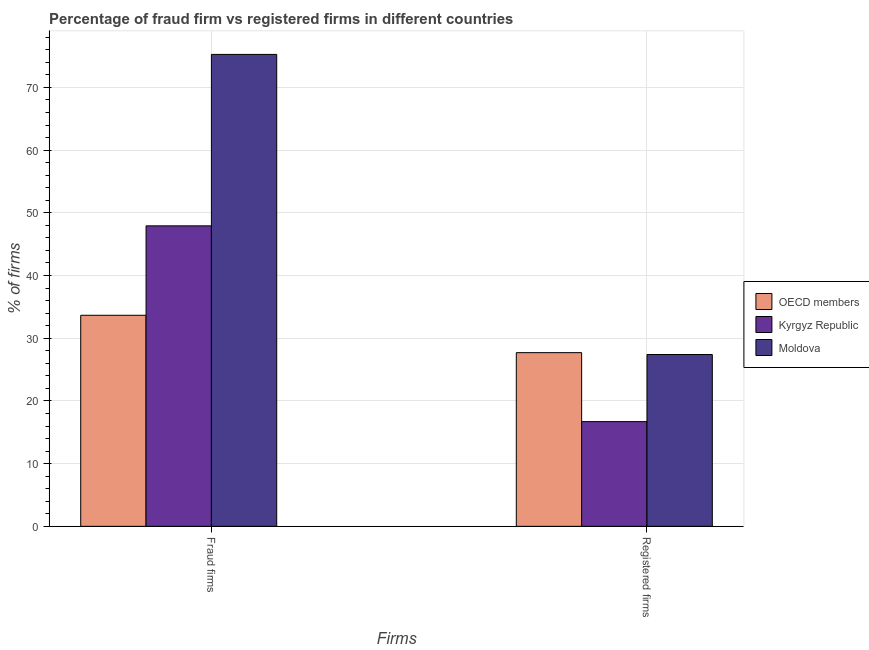
| Firms | OECD members | Kyrgyz Republic | Moldova |
 | --- | --- | --- | --- |
 | Fraud firms | 33.7 | 47.9 | 75.3 |
 | Registered firms | 27.7 | 16.7 | 27.4 |